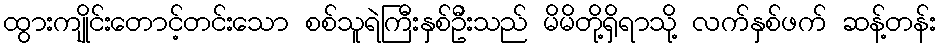
ထွားကျိုင်းတောင့်တင်းသော စစ်သူရဲကြီးနှစ်ဦးသည် မိမိတို့ရှိရာသို့ လက်နှစ်ဖက် ဆန့်တန်း